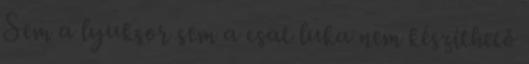
Sem a lyuksor sem a csat luka nem készíthető